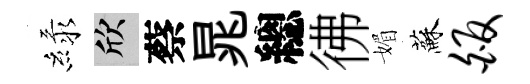
緑欣蔡晁總彿媚蘇皈